Leaving Certificate Examination (including Day School Certificate (Higher) General paper), 1938
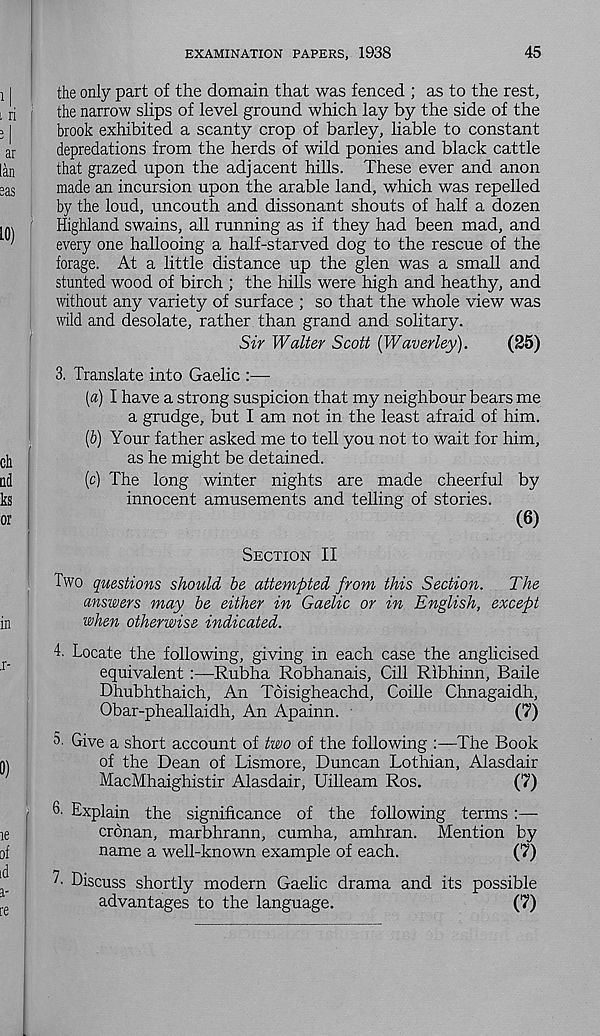
EXAMINATION PAPERS, 1938
45
the only part of the domain that was fenced ; as to the rest,
the narrow slips of level ground which lay by the side of the
brook exhibited a scanty crop of barley, liable to constant
depredations from the herds of wild ponies and black cattle
that grazed upon the adjacent hills. These ever and anon
made an incursion upon the arable land, which was repelled
by the loud, uncouth and dissonant shouts of half a dozen
Highland swains, all running as if they had been mad, and
every one hallooing a half-starved dog to the rescue of the
forage. At a little distance up the glen was a small and
stunted wood of birch ; the hills were high and heathy, and
without any variety of surface ; so that the whole view was
wild and desolate, rather than grand and solitary.
Sir Walter Scott (Waverley).
(25)
3. Translate into Gaelic :—
[а) I have a strong suspicion that my neighbour bears me
a grudge, but I am not in the least afraid of him.
(б) Your father asked me to tell you not to wait for him,
as he might be detained.
(c) The long winter nights are made cheerful by
innocent amusements and telling of stories.
(6)
Section II
Two questions should be attempted from this Section.
The
answers may be either in Gaelic or in English, except
when otherwise indicated.
4. Locate the following, giving in each case the anglicised
equivalent :—Rubha Robhanais, Gill Ribhinn, Bade
Dhubhthaich, An Toisigheachd, Coille Chnagaidh,
Obar-pheallaidh, An Apainn.
(7)
5 Give a short account of two of the following :—The Book
of the Dean of Lismore, Duncan Lothian, Alasdair
MacMhaighistir Alasdair, Uilleam Ros,
(7)
Explain the significance of the following terms
cronan, marbhrann, cumha, amhran. Mention by
name a well-known example of each.
(7)
L Discuss shortly modern Gaelic drama and its possible
advantages to the language.
(7)